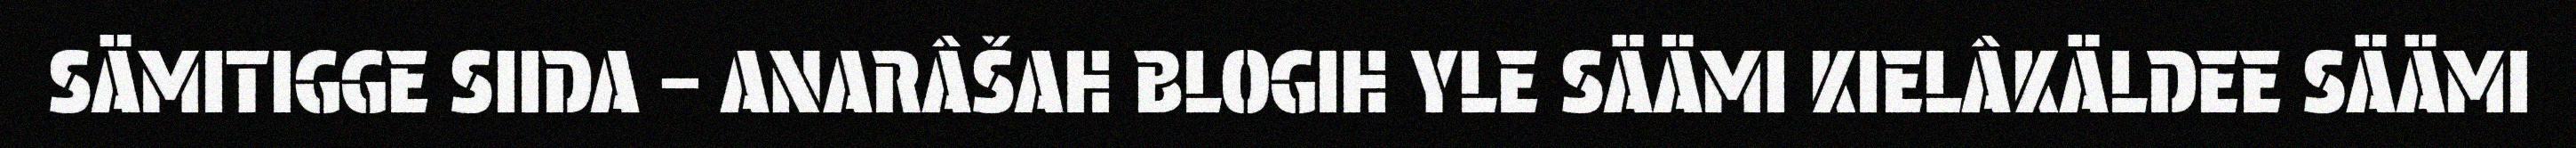
SÄMITIGGE SIIDA – ANARÂŠAH BLOGIH YLE SÄÄMI KIELÂKÄLDEE SÄÄMI